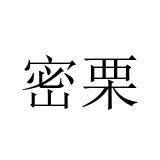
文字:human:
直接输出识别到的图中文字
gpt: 密栗